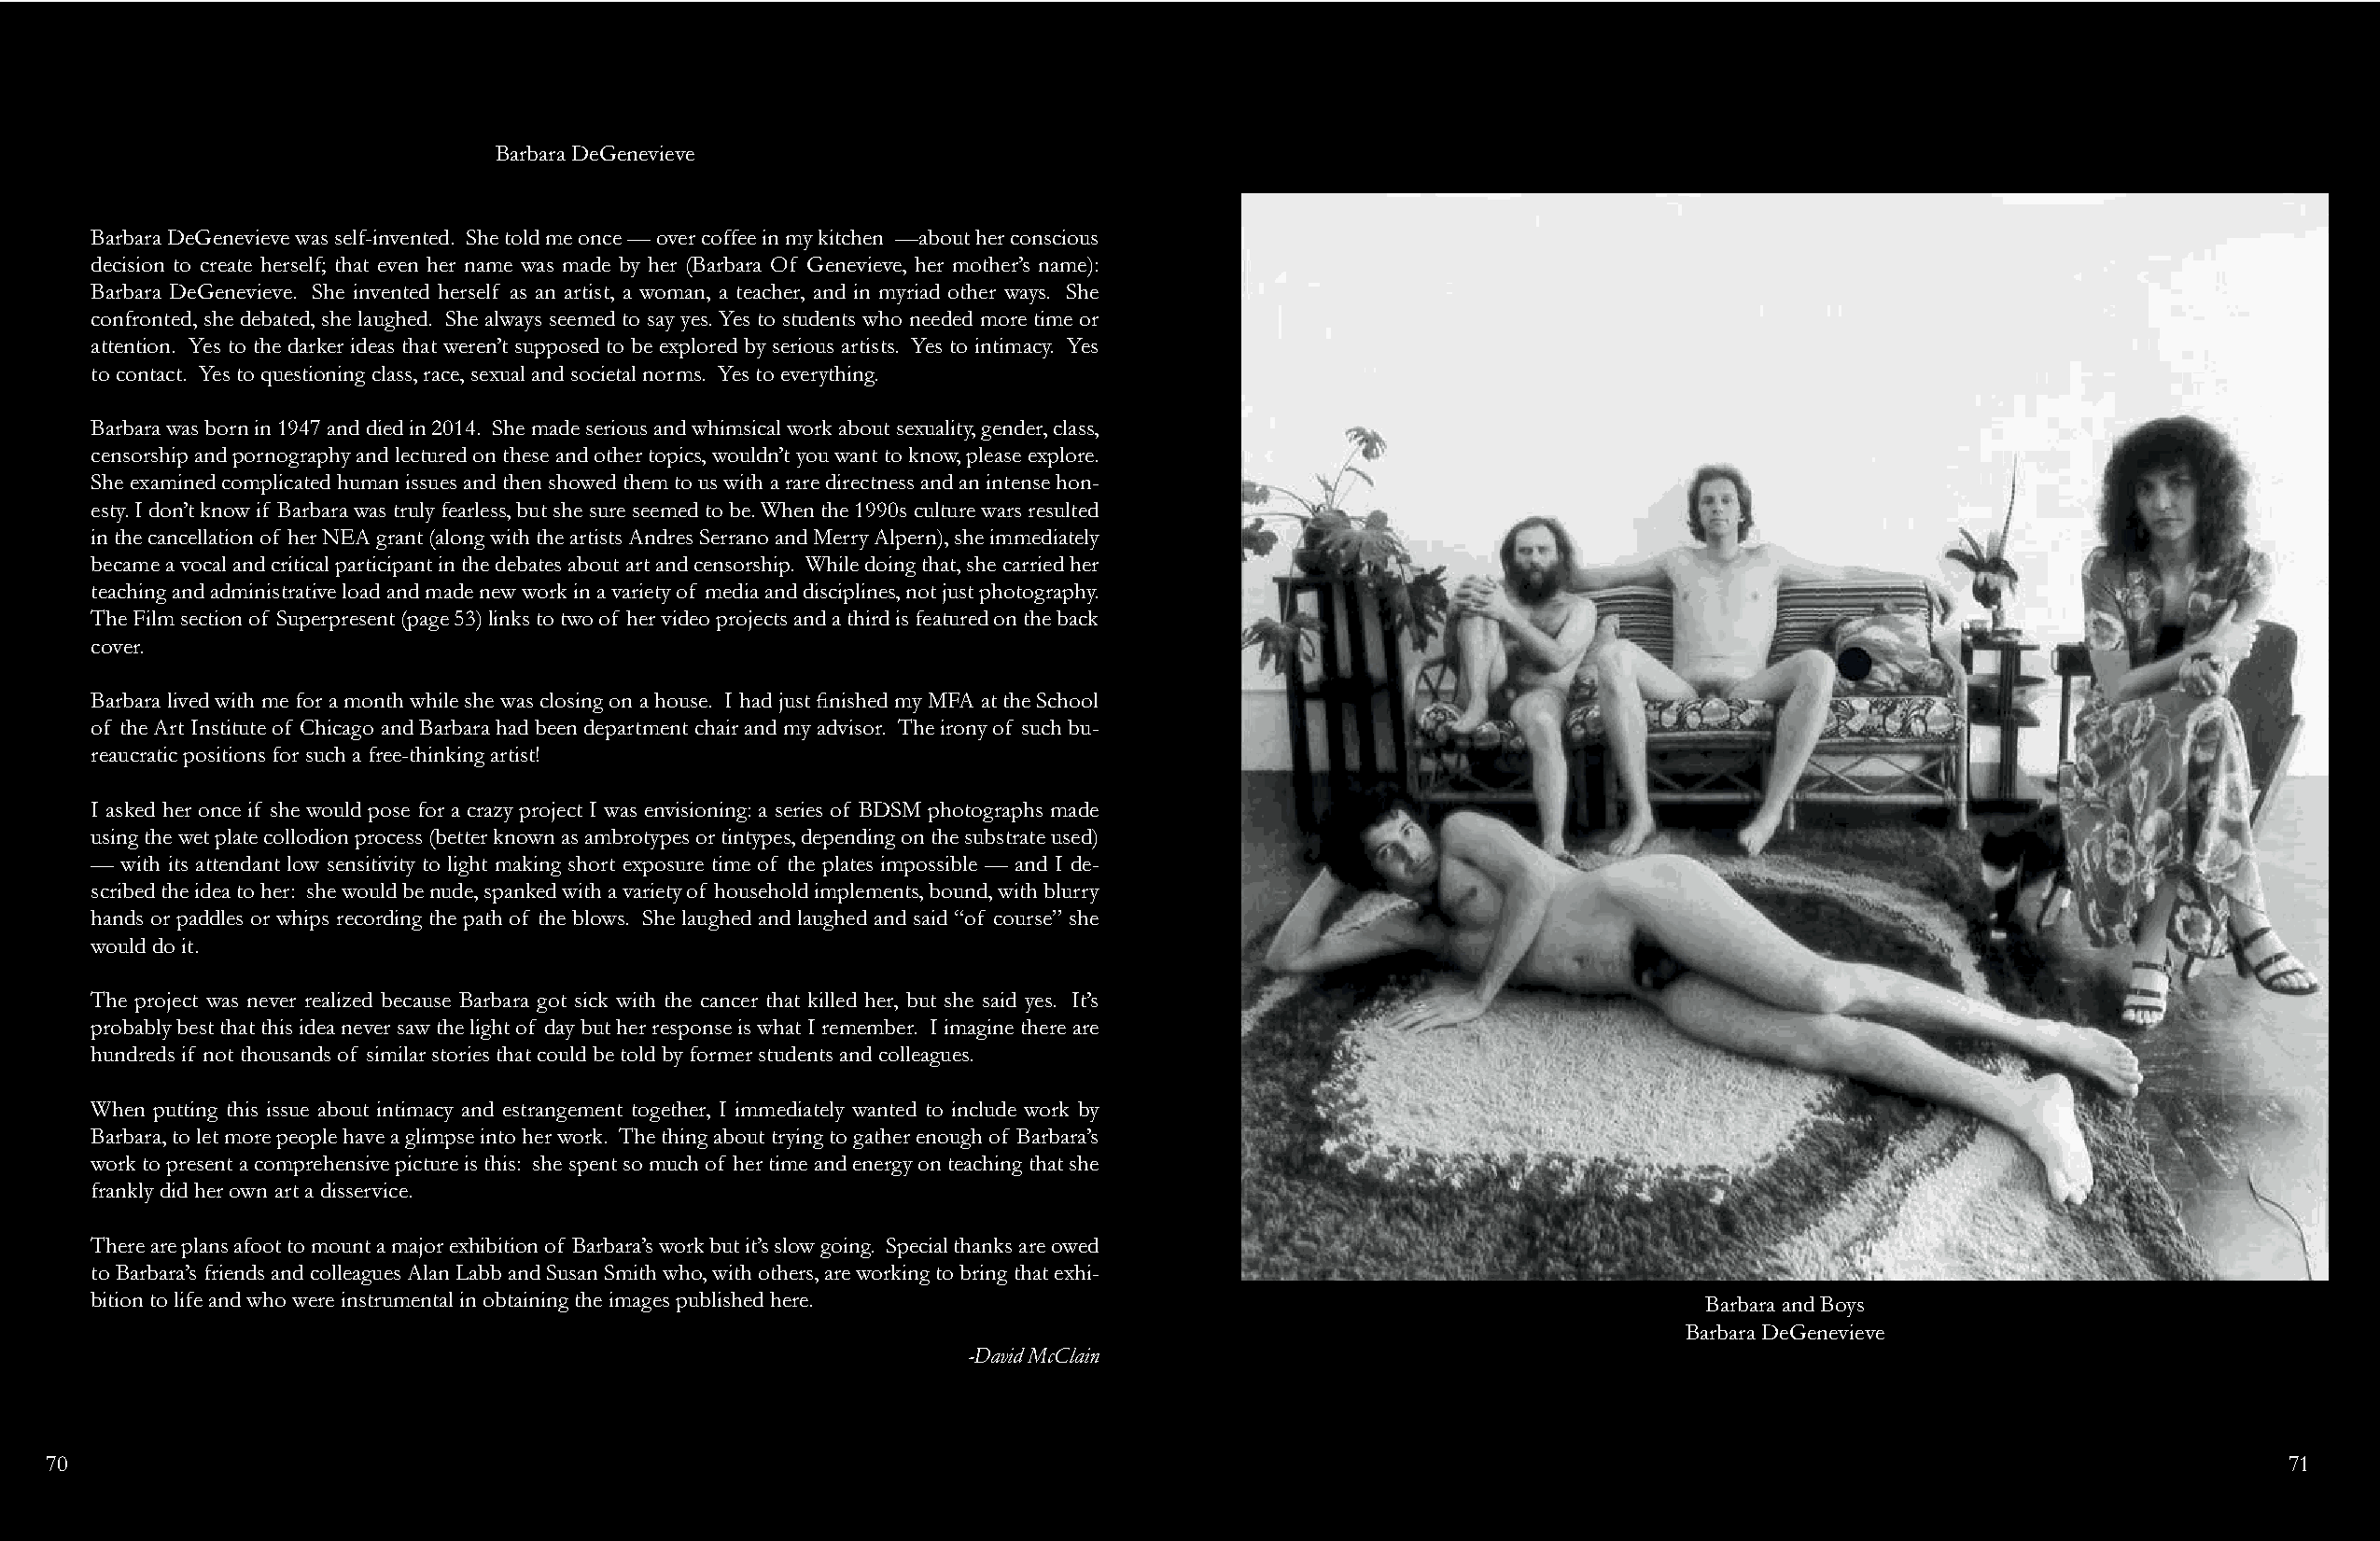
Barbara DeGenevieve
 Barbara DeGenevieve was self-invented. She told me once — over coffee in my kitchen —about her conscious
 decision to create herself; that even her name was made by her (Barbara Of Genevieve, her mother’s name):
 Barbara DeGenevieve. She invented herself as an artist, a woman, a teacher, and in myriad other ways. She
 confronted, she debated, she laughed. She always seemed to say yes. Yes to students who needed more time or
 attention. Yes to the darker ideas that weren’t supposed to be explored by serious artists. Yes to intimacy. Yes
 to contact. Yes to questioning class, race, sexual and societal norms. Yes to everything.
 Barbara was born in 1947 and died in 2014. She made serious and whimsical work about sexuality, gender, class,
 censorship and pornography and lectured on these and other topics, wouldn’t you want to know, please explore.
 She examined complicated human issues and then showed them to us with a rare directness and an intense hon-
 esty. I don’t know if Barbara was truly fearless, but she sure seemed to be. When the 1990s culture wars resulted
 in the cancellation of her NEA grant (along with the artists Andres Serrano and Merry Alpern), she immediately
 became a vocal and critical participant in the debates about art and censorship. While doing that, she carried her
 teaching and administrative load and made new work in a variety of media and disciplines, not just photography.
 The Film section of Superpresent (page 53) links to two of her video projects and a third is featured on the back
 cover.
 Barbara lived with me for a month while she was closing on a house. I had just finished my MFA at the School
 of the Art Institute of Chicago and Barbara had been department chair and my advisor. The irony of such bu-
 reaucratic positions for such a free-thinking artist!
 I asked her once if she would pose for a crazy project I was envisioning: a series of BDSM photographs made
 using the wet plate collodion process (better known as ambrotypes or tintypes, depending on the substrate used)
 —  with its attendant low sensitivity to light making short exposure time of the plates impossible — and I de-
 scribed the idea to her: she would be nude, spanked with a variety of household implements, bound, with blurry
 hands or paddles or whips recording the path of the blows. She laughed and laughed and said “of course” she
 would do it.
 The project was never realized because Barbara got sick with the cancer that killed her, but she said yes. It’s
 probably best that this idea never saw the light of day but her response is what I remember. I imagine there are
 hundreds if not thousands of similar stories that could be told by former students and colleagues.
 When putting this issue about intimacy and estrangement together, I immediately wanted to include work by
 Barbara, to let more people have a glimpse into her work. The thing about trying to gather enough of Barbara’s
 work to present a comprehensive picture is this: she spent so much of her time and energy on teaching that she
 frankly did her own art a disservice.
 There are plans afoot to mount a major exhibition of Barbara’s work but it’s slow going. Special thanks are owed
 to Barbara’s friends and colleagues Alan Labb and Susan Smith who, with others, are working to bring that exhi-
 bition to life and who were instrumental in obtaining the images published here.                                   Barbara and Boys
 Barbara DeGenevieve
 -David McClain
 7 70
 0
 7 71
 1